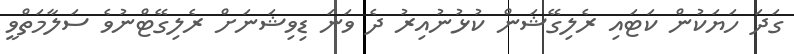
ގަދަ ހަޔަކުން ކަޓައި ރެލިގޭޝަން ކުޅުނުއިރު ދެ ވަނަ ޑިވިޝަނަށް ރެލިގޭޓްނުވެ ސަލާމަތްވީ